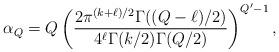
LaTeX: \begin{align*}\alpha_{Q}=Q\left(\frac{2\pi^{(k+\ell)/2}\Gamma((Q-\ell)/2)}{4^{\ell}\Gamma(k/2)\Gamma(Q/2)}\right)^{Q'-1},\end{align*}